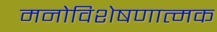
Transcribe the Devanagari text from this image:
मनोविशेषणात्मक